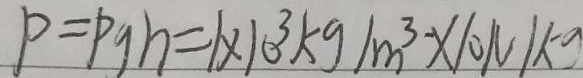
P = P g h = 1 \times 1 0 ^ { 3 } k g / m ^ { 3 } \times 1 0 N / k g